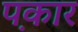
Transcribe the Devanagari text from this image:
प़कार